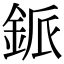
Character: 䤨